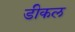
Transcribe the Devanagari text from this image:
डीकल